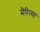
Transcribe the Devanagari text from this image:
मैरित्सा